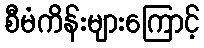
စီမံကိန်းများကြောင့်